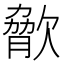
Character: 𣣲